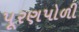
પૂરણપોળી